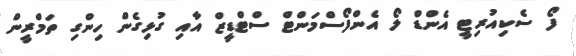
ފޯ ސެކިއުރިޓީ އެންޑް ލޯ އެންފޯސްމަންޓް ސްޓްޑީޒް އާއި ގުޅިގެން ހިންގި ތަމްރީން